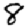
Digit: 8